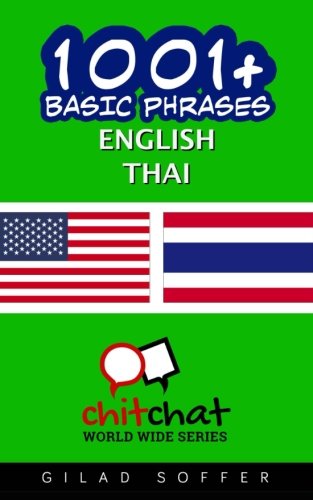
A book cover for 1001+ Basic Phrases English - Thai; Gilad Soffer; Travel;